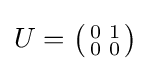
U={\bigl (}{\begin{smallmatrix}0&1\\0&0\end{smallmatrix}}{\bigr )}